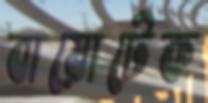
বায়োটেক